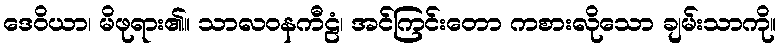
ဒေဝိယာ၊ မိဖုရား၏။ သာလဝနကီဠံ၊ အင်ကြင်းတော ကစားလိုသော ချမ်းသာကို။